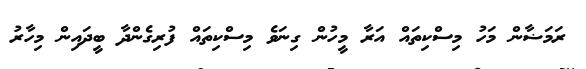
ރަމަޟާން މަހު މިސްކިތައް އަރާ މީހުން ގިނަވެ މިސްކިތައް ފުރިގެންދާ ބީދައިން މިހާރު